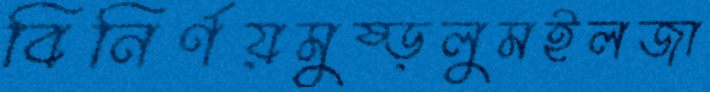
বিনির্ণয়মুষ্‌ড়লুমইলজা